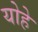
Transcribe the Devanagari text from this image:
योहे